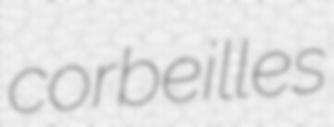
corbeilles